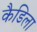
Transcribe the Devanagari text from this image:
कैडिला